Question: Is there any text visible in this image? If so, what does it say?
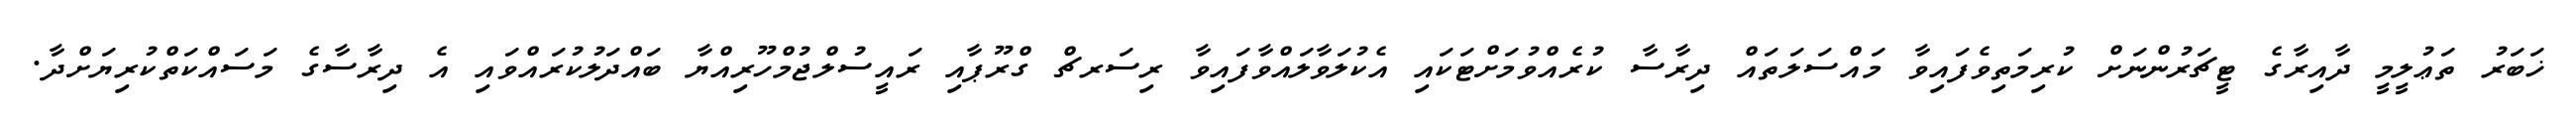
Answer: ޚަބަރު ތަޢުލީމީ ދާއިރާގެ ޓީޗަރުންނަށް ކުރިމަތިވެފައިވާ މައްސަލަތައް ދިރާސާ ކުރެއްވުމަށްޓަކައި އެކުލަވާލައްވާފައިވާ ރިސަރޗް ގްރޫޕާއި ރައީސުލްޖުމްހޫރިއްޔާ ބައްދަލުކުރައްވައި އެ ދިރާސާގެ މަސައްކަތްކުރިޔަށްދާ.